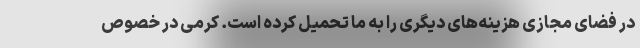
در فضای مجازی هزینه‌های دیگری را به ما تحمیل کرده است. کرمی در خصوص